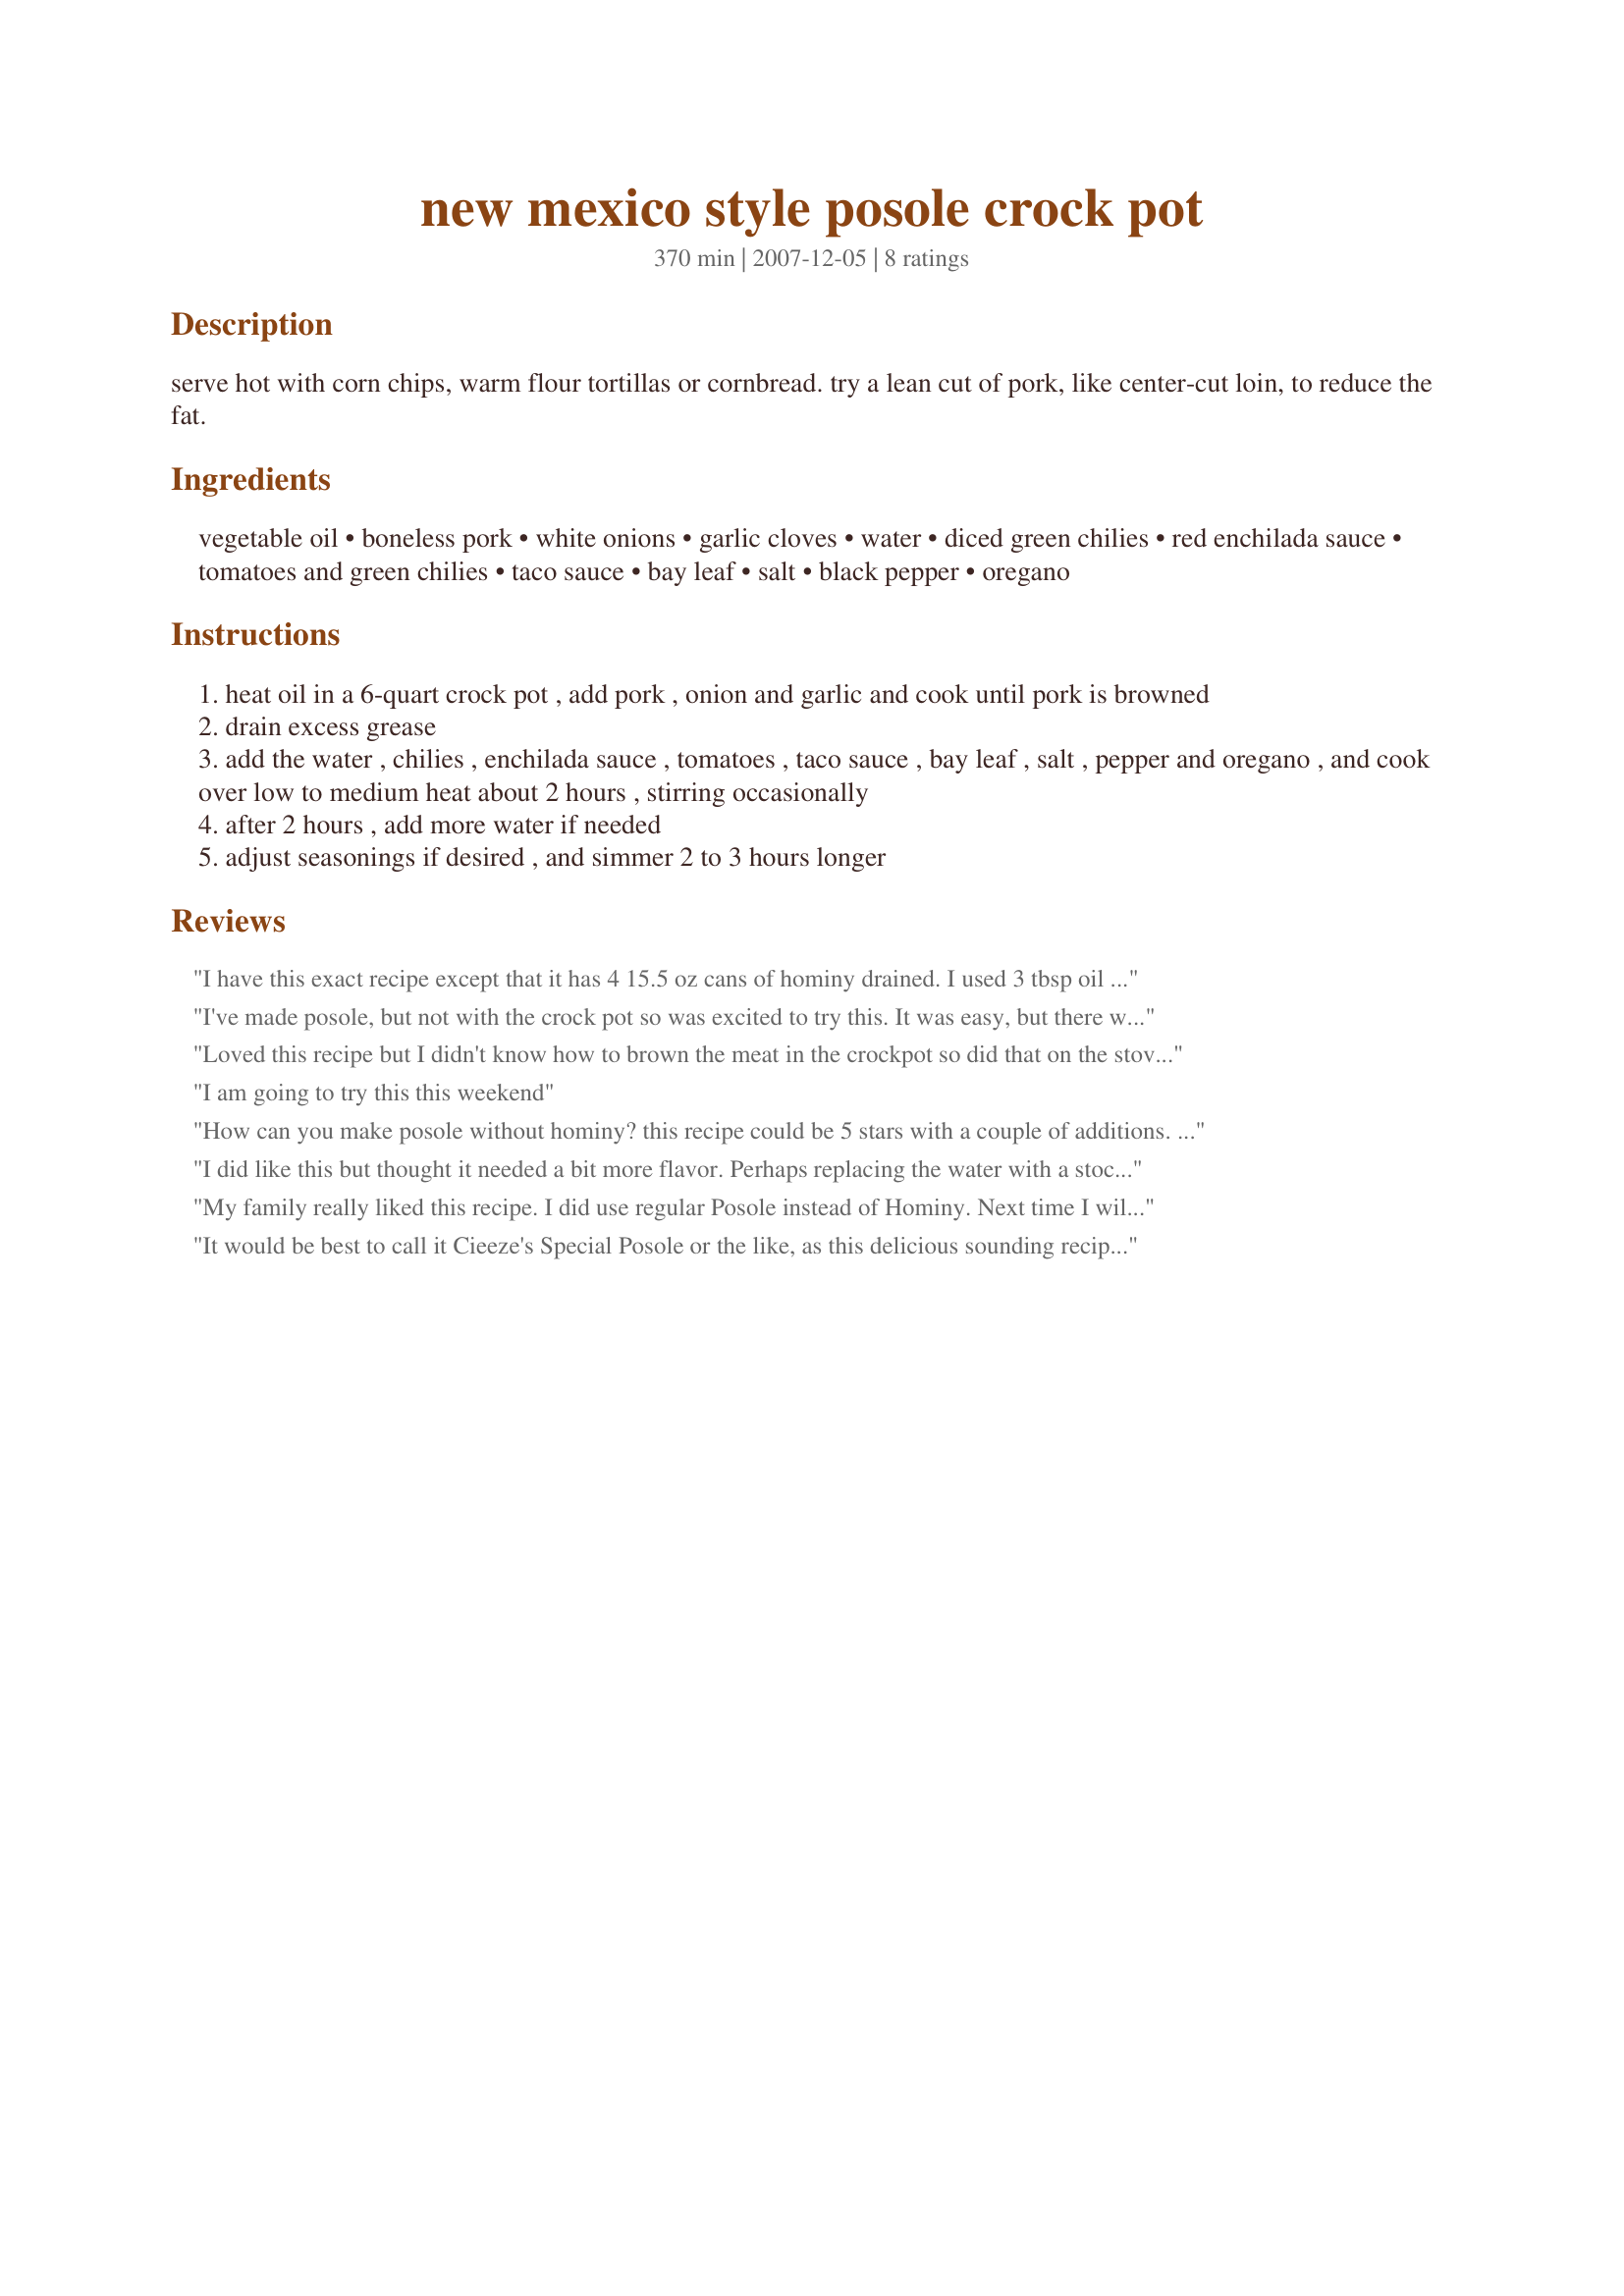
new mexico style posole crock pot
Preparation time: 370 minutes

serve hot with corn chips, warm flour tortillas or cornbread. try a lean cut of pork, like center-cut loin, to reduce the fat.

Ingredients:
vegetable oil, boneless pork, white onions, garlic cloves, water, diced green chilies, red enchilada sauce, tomatoes and green chilies, taco sauce, bay leaf, salt, black pepper, oregano

Steps:
heat oil in a 6-quart crock pot , add pork , onion and garlic and cook until pork is browned
drain excess grease
add the water , chilies , enchilada sauce , tomatoes , taco sauce , bay leaf , salt , pepper and oregano , and cook over low to medium heat about 2 hours , stirring occasionally
after 2 hours , add more water if needed
adjust seasonings if desired , and simmer 2 to 3 hours longer

Reviews:
I have this exact recipe except that it has 4 15.5 oz cans of hominy drained. I used 3 tbsp oil as per my recipe as amount is missing from this one. As well, I brown the meat with the onion and garlic in a large skillet before mixing it with the other ingredients except the hominy in my crockpot. I added the hominy the last two hours of cooking so that the texture didn't go funny and cooked it a total of 8 hours on low.
I've made posole, but not with the crock pot so was excited to try this. It was easy, but there were a few omissions and I agree that it needed more flavor. All in all, it was delicious. I used 2 28 ounce cans of Mexican style hominy, only 1 onion, substituted fat free chicken broth for the water, omitted the taco sauce, added more garlic, a lot more oregano, and cumin. I did not measure the amounts but the amount for both oregano and cumin was probably closer to 1 tablespoon each. I have made this a couple of times now.
Loved this recipe but I didn't know how to brown the meat in the crockpot so did that on the stove and added to the crockpot along with other ingredients and some extra cayenne & white pepper. Mmmm.... served with baked corn tortilla wedges, some soup toppings like sour cream, olives, lime juice, and with margaritas (ok, lime slushies for the kids) so good!
I am going to try this this weekend
How can you make posole without hominy? this recipe could be 5 stars with a couple of additions. First a 29 ounce can of drained mexican hominy. Second a can of bean with bacon soup.
I did like this but thought it needed a bit more flavor. Perhaps replacing the water with a stock would be what it needs. I will be trying this again and use chicken stock, add another clove of garlic and a full teaspoon of oregano and pepper. I used 3 cans of drained hominy (2 yellow and 1 white) and it was a great addition. Thanks for sharing!
My family really liked this recipe.
I did use regular Posole instead of Hominy. Next time I will just use Hominy. That Posole is waaaay too much trouble!!!!
I used a quart of chicken broth, added cumin and chili powder and that enhanced the flavor.
Since I had previously blended chipotle's in adobo and frozen, I chunked off a nice piece of that and threw it in too.
Served it with tortilla chips.
Yummy and satisfying!
Thanks Ceezie!
It would be best to call it Cieeze's Special Posole or the like, as this delicious sounding recipe is rich with ingredients not entertained by either Mexicans or New Mexicans. Our native dishes are very simple and this one takes 5 main ingredients: Red chile ground and frozen or powdered, dry chili pods, posole, water and pork.
